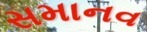
સમાનવ